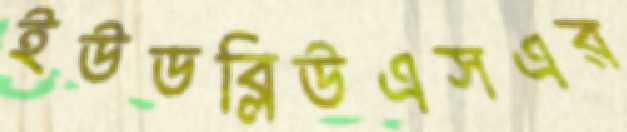
ইউডব্লিউএসএর